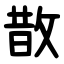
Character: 㪚